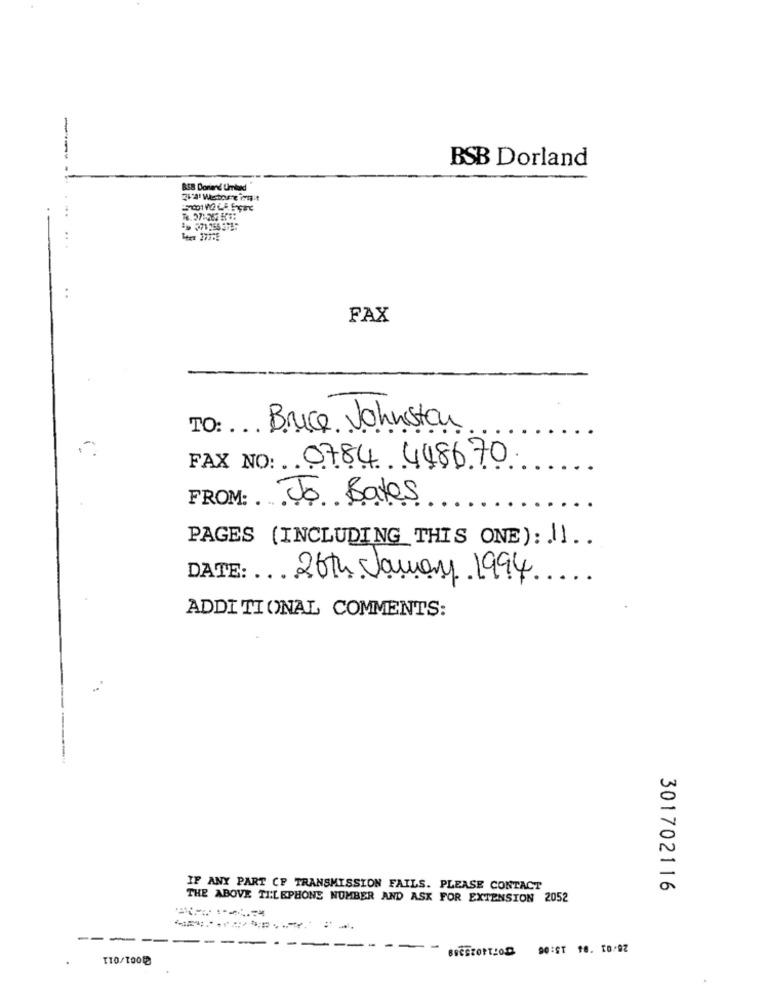
---
BSB Dorland
838 Dorland Umbond
FAX
ТО:
Bruce Johnston
FAX NO: 0784 448670
FROM: Jo Bates
PAGES (INCLUDING THIS ONE): || ..
DATE: 26th January 1994 ...
ADDITIONAL COMMENTS:
IF ANY PART CP TRANSMISSION FAILS. PLEASE CONTACT
301702116
THE ABOVE TELEPHONE NUMBER AND ASK FOR EXTENSION 2052
---
-----
BIESZOPTIOD 90:ST 10. 10.92